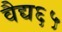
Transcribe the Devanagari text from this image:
वैद्य६५